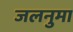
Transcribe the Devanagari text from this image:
जलनुमा